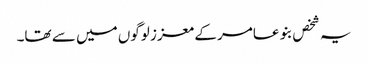
یہ شخص بنو عامر کے معزز لوگوں میں سے تھا۔